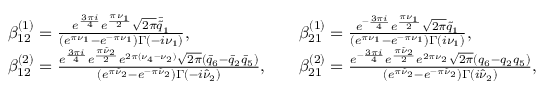
\begin{array} { r l r l } & { \beta _ { 1 2 } ^ { ( 1 ) } = \frac { e ^ { \frac { 3 \pi i } { 4 } } e ^ { \frac { \pi \nu _ { 1 } } { 2 } } \sqrt { 2 \pi } \bar { \tilde { q } } _ { 1 } } { ( e ^ { \pi \nu _ { 1 } } - e ^ { - \pi \nu _ { 1 } } ) \Gamma ( - i \nu _ { 1 } ) } , } & & { \beta _ { 2 1 } ^ { ( 1 ) } = \frac { e ^ { - \frac { 3 \pi i } { 4 } } e ^ { \frac { \pi \nu _ { 1 } } { 2 } } \sqrt { 2 \pi } \tilde { q } _ { 1 } } { ( e ^ { \pi \nu _ { 1 } } - e ^ { - \pi \nu _ { 1 } } ) \Gamma ( i \nu _ { 1 } ) } , } \\ & { \beta _ { 1 2 } ^ { ( 2 ) } = \frac { e ^ { \frac { 3 \pi i } { 4 } } e ^ { \frac { \pi \hat { \nu } _ { 2 } } { 2 } } e ^ { 2 \pi ( \nu _ { 4 } - \nu _ { 2 } ) } \sqrt { 2 \pi } ( \bar { q } _ { 6 } - \bar { q } _ { 2 } \bar { q } _ { 5 } ) } { ( e ^ { \pi \hat { \nu } _ { 2 } } - e ^ { - \pi \hat { \nu } _ { 2 } } ) \Gamma ( - i \hat { \nu } _ { 2 } ) } , } & & { \beta _ { 2 1 } ^ { ( 2 ) } = \frac { e ^ { - \frac { 3 \pi i } { 4 } } e ^ { \frac { \pi \hat { \nu } _ { 2 } } { 2 } } e ^ { 2 \pi \nu _ { 2 } } \sqrt { 2 \pi } ( q _ { 6 } - q _ { 2 } q _ { 5 } ) } { ( e ^ { \pi \hat { \nu } _ { 2 } } - e ^ { - \pi \hat { \nu } _ { 2 } } ) \Gamma ( i \hat { \nu } _ { 2 } ) } , } \end{array}